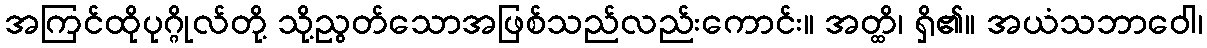
အကြင်ထိုပုဂ္ဂိုလ်တို့ သို့ညွတ်သောအဖြစ်သည်လည်းကောင်း။ အတ္ထိ၊ ရှိ၏။ အယံသဘာဝေါ၊